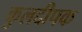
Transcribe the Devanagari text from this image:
कुलदीपक